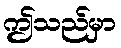
ဤသည်မှာ